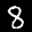
Label: 8